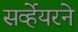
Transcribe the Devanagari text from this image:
सर्व्हेयरने